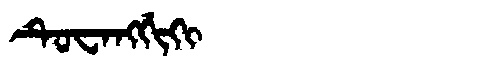
Manchu: ᡨᡠᠸᠠᠩᡤᡳᡴᡳ
Romanization: TUWANGGIKI